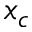
x _ { c }